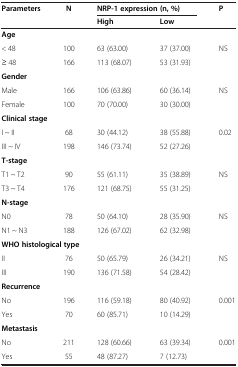
| <ROWSPAN=2> Parameters | <ROWSPAN=2> N | <COLSPAN=2> NRP-1 expression (n, %) | <ROWSPAN=2> P |
 | High | Low |
 | --- | --- | --- | --- | --- |
 | <COLSPAN=5> Age |
 | < 48 | 100 | 63 (63.00) | 37 (37.00) | <ROWSPAN=2> NS |
 | ≥ 48 | 166 | 113 (68.07) | 53 (31.93) |
 | <COLSPAN=5> Gender |
 | Male | 166 | 106 (63.86) | 60 (36.14) | <ROWSPAN=2> NS |
 | Female | 100 | 70 (70.00) | 30 (30.00) |
 | <COLSPAN=5> Clinical stage |
 | I ~ II | 68 | 30 (44.12) | 38 (55.88) | <ROWSPAN=2> 0.02 |
 | III ~ IV | 198 | 146 (73.74) | 52 (27.26) |
 | <COLSPAN=5> T-stage |
 | T1 ~ T2 | 90 | 55 (61.11) | 35 (38.89) | <ROWSPAN=2> NS |
 | T3 ~ T4 | 176 | 121 (68.75) | 55 (31.25) |
 | <COLSPAN=5> N-stage |
 | N0 | 78 | 50 (64.10) | 28 (35.90) | <ROWSPAN=2> NS |
 | N1 ~ N3 | 188 | 126 (67.02) | 62 (32.98) |
 | <COLSPAN=5> WHO histological type |
 | II | 76 | 50 (65.79) | 26 (34.21) | <ROWSPAN=2> NS |
 | III | 190 | 136 (71.58) | 54 (28.42) |
 | <COLSPAN=5> Recurrence |
 | No | 196 | 116 (59.18) | 80 (40.92) | <ROWSPAN=2> 0.001 |
 | Yes | 70 | 60 (85.71) | 10 (14.29) |
 | <COLSPAN=5> Metastasis |
 | No | 211 | 128 (60.66) | 63 (39.34) | <ROWSPAN=2> 0.001 |
 | Yes | 55 | 48 (87.27) | 7 (12.73) |